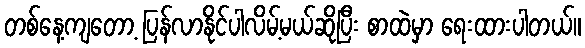
တစ်နေ့ကျတော့ ပြန်လာနိုင်ပါလိမ့်မယ်ဆိုပြီး စာထဲမှာ ရေးထားပါတယ်။